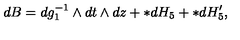
d B = d g _ { 1 } ^ { - 1 } \wedge d t \wedge d z + * d H _ { 5 } + * d H _ { 5 } ^ { \prime } ,